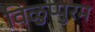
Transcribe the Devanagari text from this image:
विळुप्पुरम